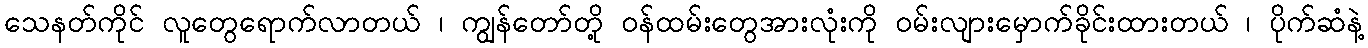
သေနတ်ကိုင် လူတွေရောက်လာတယ် ၊ ကျွန်တော်တို့ ဝန်ထမ်းတွေအားလုံးကို ဝမ်းလျားမှောက်ခိုင်းထားတယ် ၊ ပိုက်ဆံနဲ့